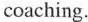
coaching